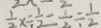
\frac { 1 } { 2 } x \div \frac { 1 } { 2 } = \frac { 1 } { 2 } \div \frac { 1 } { 2 }